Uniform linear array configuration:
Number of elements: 16
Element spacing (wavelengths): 0.5
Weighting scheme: kaiser
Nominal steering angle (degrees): -30
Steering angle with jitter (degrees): -28.578
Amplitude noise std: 0.05
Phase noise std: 0.05

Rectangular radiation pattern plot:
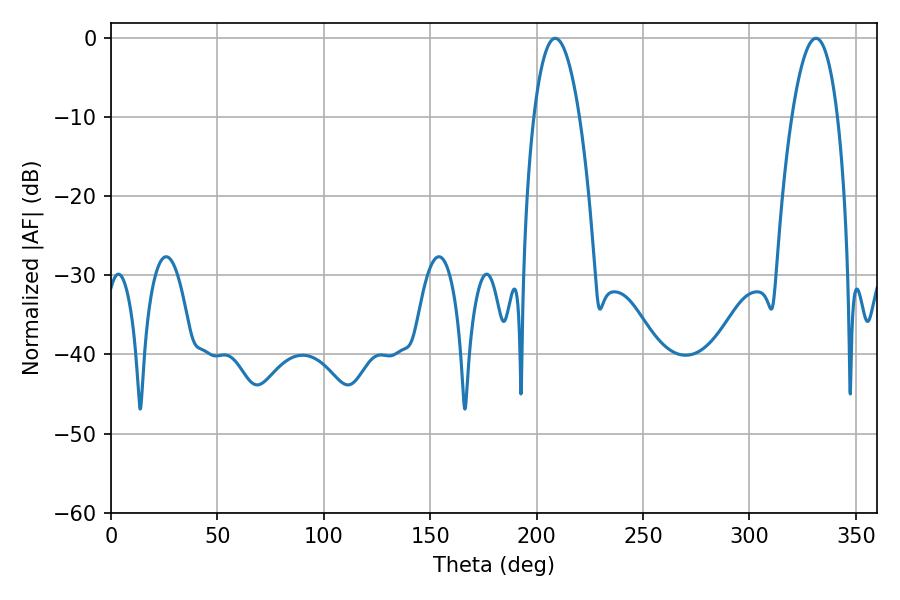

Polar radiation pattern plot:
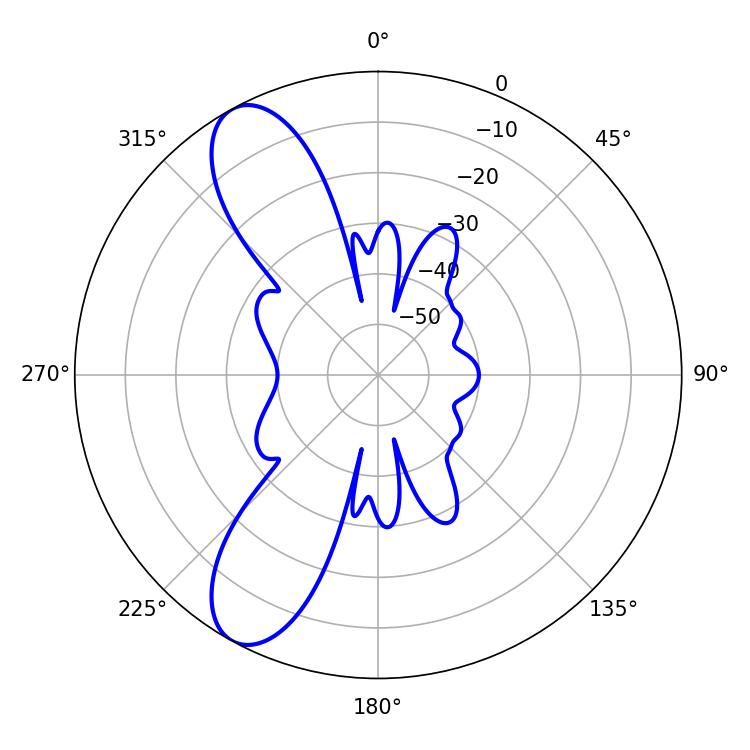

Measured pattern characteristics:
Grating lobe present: FALSE
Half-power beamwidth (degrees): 11.88
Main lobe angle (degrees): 331.2